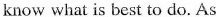
know what is best to do. As